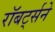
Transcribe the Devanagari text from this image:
रॉबर्ट्सने